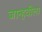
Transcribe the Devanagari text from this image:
जान्हवीला